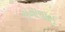
સમાવાઈ